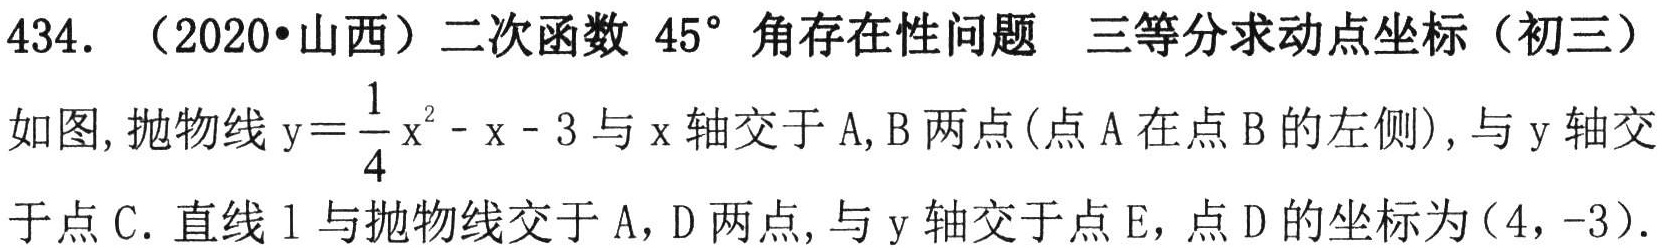
434. （2020•山西）二次函数 \(45^{\circ}\) 角存在性问题 三等分求动点坐标（初三）
如图,抛物线\(y = \frac{1}{4}x^{2}-x - 3\)与\(x\)轴交于\(A,B\)两点(点\(A\)在点\(B\)的左侧),与\(y\)轴交
于点\(C\). 直线\(l\)与抛物线交于\(A,D\)两点,与\(y\)轴交于点\(E\),点\(D\)的坐标为\((4,-3)\).